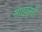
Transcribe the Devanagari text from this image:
साठवूनही